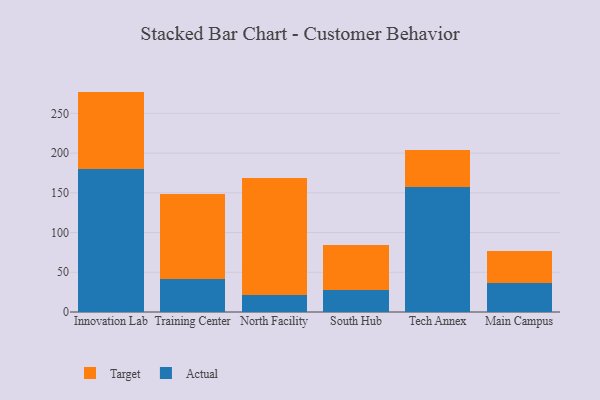
{"axis": {"x": "Campus", "y": "Active Users"}, "legend": ["Actual", "Target"], "data": [{"x": "Innovation Lab", "y": 179.7, "type": "Actual"}, {"x": "Innovation Lab", "y": 97.7, "type": "Target"}, {"x": "Training Center", "y": 42.0, "type": "Actual"}, {"x": "Training Center", "y": 106.1, "type": "Target"}, {"x": "North Facility", "y": 21.6, "type": "Actual"}, {"x": "North Facility", "y": 147.0, "type": "Target"}, {"x": "South Hub", "y": 28.2, "type": "Actual"}, {"x": "South Hub", "y": 56.5, "type": "Target"}, {"x": "Tech Annex", "y": 157.0, "type": "Actual"}, {"x": "Tech Annex", "y": 47.1, "type": "Target"}, {"x": "Main Campus", "y": 36.1, "type": "Actual"}, {"x": "Main Campus", "y": 40.2, "type": "Target"}]}